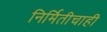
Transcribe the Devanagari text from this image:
निर्मितीचाही